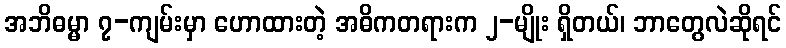
အဘိဓမ္မာ ၇-ကျမ်းမှာ ဟောထားတဲ့ အဓိကတရားက ၂-မျိုး ရှိတယ်၊ ဘာတွေလဲဆိုရင်